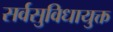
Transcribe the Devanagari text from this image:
सर्वसुविधायुक्त